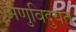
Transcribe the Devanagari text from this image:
अणुविदुयत